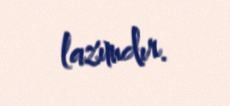
lazımdır.